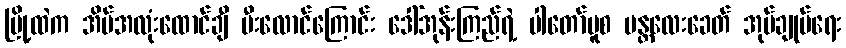
မြို့ထဲက အိမ်အလုံးထောင်ချီ မီးလောင်ကြောင်း ဒေါ်အုန်းကြည်ရဲ့ ပါတော်မူစ မန္တလေးခေတ် အုပ်ချုပ်ရေး